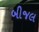
બીજલ